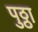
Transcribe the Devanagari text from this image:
पुठ्ठा